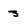
Character: 3